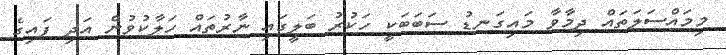
މިމައްސަލަތައް ދިމާވާ މައިގަނޑު ސަބަބަކީ ހަކުރު ބަލީގައި ނާރުތައް ހަލާކުވުން އަދި ފައިގެ